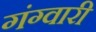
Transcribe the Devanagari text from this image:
गंग्वारी